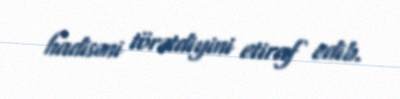
hadisəni törətdiyini etiraf edib.